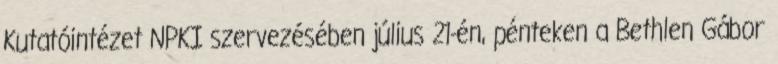
Kutatóintézet NPKI szervezésében július 21-én, pénteken a Bethlen Gábor